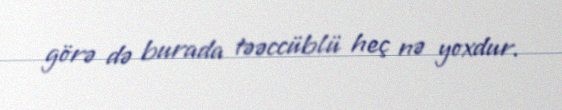
görə də burada təəccüblü heç nə yoxdur.